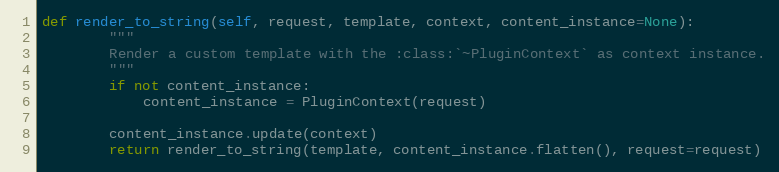
Language: Python
def render_to_string(self, request, template, context, content_instance=None):
        """
        Render a custom template with the :class:`~PluginContext` as context instance.
        """
        if not content_instance:
            content_instance = PluginContext(request)

        content_instance.update(context)
        return render_to_string(template, content_instance.flatten(), request=request)